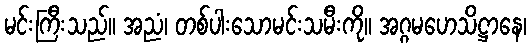
မင်းကြီးသည်။ အညံ၊ တစ်ပါးသောမင်းသမီးကို။ အဂ္ဂမဟေသိဋ္ဌာနေ၊